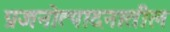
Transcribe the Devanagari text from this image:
प्रजनोत्पादनातील